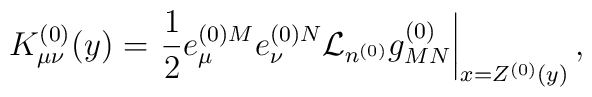
K^{(0)}_{\mu\nu}(y) = \left.\frac{1}{2}e^{(0)M}_{\mu}e^{(0)N}_{\nu}	{\cal L}_{n^{(0)}}g^{(0)}_{MN}\right|_{x=Z^{(0)}(y)},